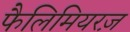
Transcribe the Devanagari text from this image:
फैलिमियरज़